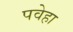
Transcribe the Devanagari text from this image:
पवेहा